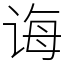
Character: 诲